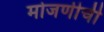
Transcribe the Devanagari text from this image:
मोजणीची